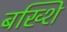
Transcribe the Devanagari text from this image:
बख्शि